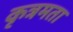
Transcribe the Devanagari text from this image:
कृत्रमता